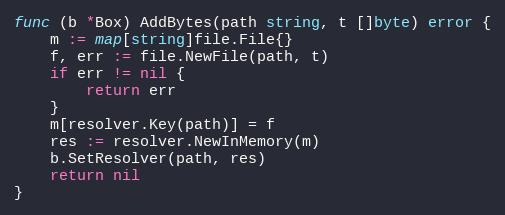
Language: Go
func (b *Box) AddBytes(path string, t []byte) error {
	m := map[string]file.File{}
	f, err := file.NewFile(path, t)
	if err != nil {
		return err
	}
	m[resolver.Key(path)] = f
	res := resolver.NewInMemory(m)
	b.SetResolver(path, res)
	return nil
}